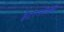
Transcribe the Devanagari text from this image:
इंटरग्लोबची